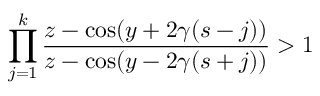
\prod _ { j = 1 } ^ { k } \frac { z - \cos ( y + 2 \gamma ( s - j ) ) } { z - \cos ( y - 2 \gamma ( s + j ) ) } > 1